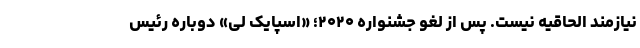
نیازمند الحاقیه نیست. پس از لغو جشنواره ۲۰۲۰؛ «اسپایک لی» دوباره رئیس